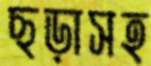
ছড়াসহ